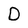
Character: D